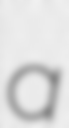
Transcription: a